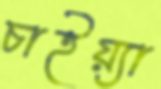
চাইয়্যা